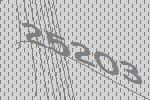
25203